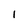
Character: 1